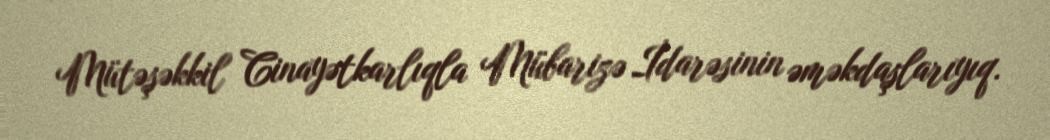
Mütəşəkkil Cinayətkarlıqla Mübarizə İdarəsinin əməkdaşlarıyıq.